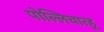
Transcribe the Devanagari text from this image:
पोल्लिचात्हू